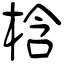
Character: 梒